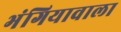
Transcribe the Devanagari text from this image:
भंगियावाला